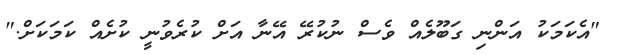
"އެކަމަކު އަންނި ގަބޫލެއް ވެސް ނުކުރޭ އޭނާ އަށް ކުރެވުނީ ކުށެއް ކަމަކަށް."